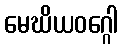
မေဃိယဝဂ္ဂေါ